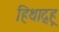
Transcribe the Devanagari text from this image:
हिथाद्हू